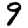
Digit: 9